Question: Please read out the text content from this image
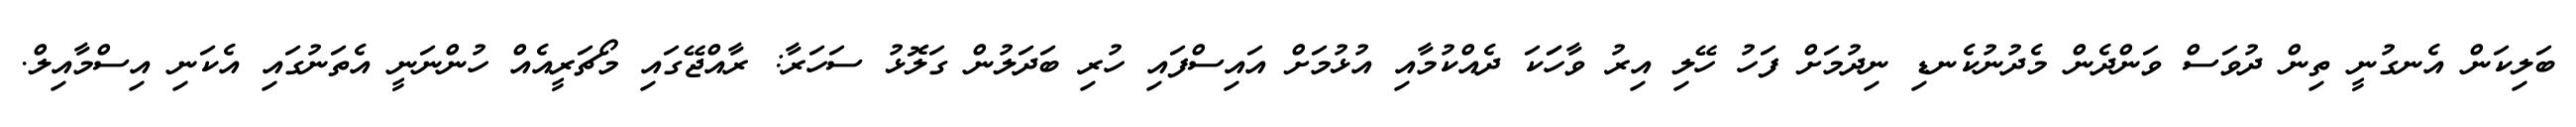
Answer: ބަލިކަން އެނގުނީ ތިން ދުވަސް ވަންދެން މެދުނުކެނޑި ނިދުމަށް ފަހު ހޭލި އިރު ވާހަަކަ ދެއްކުމާއި އުޅުމަށް އައިސްފައި ހުރި ބަދަލުން ގަލޮޅު ސަހަރާ: ރާއްޖޭގައި މޯޗަރީއެއް ހުންނަނީ އެތަނުގައި އެކަނި އިސްމާއިލް.